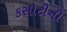
કસોટીની